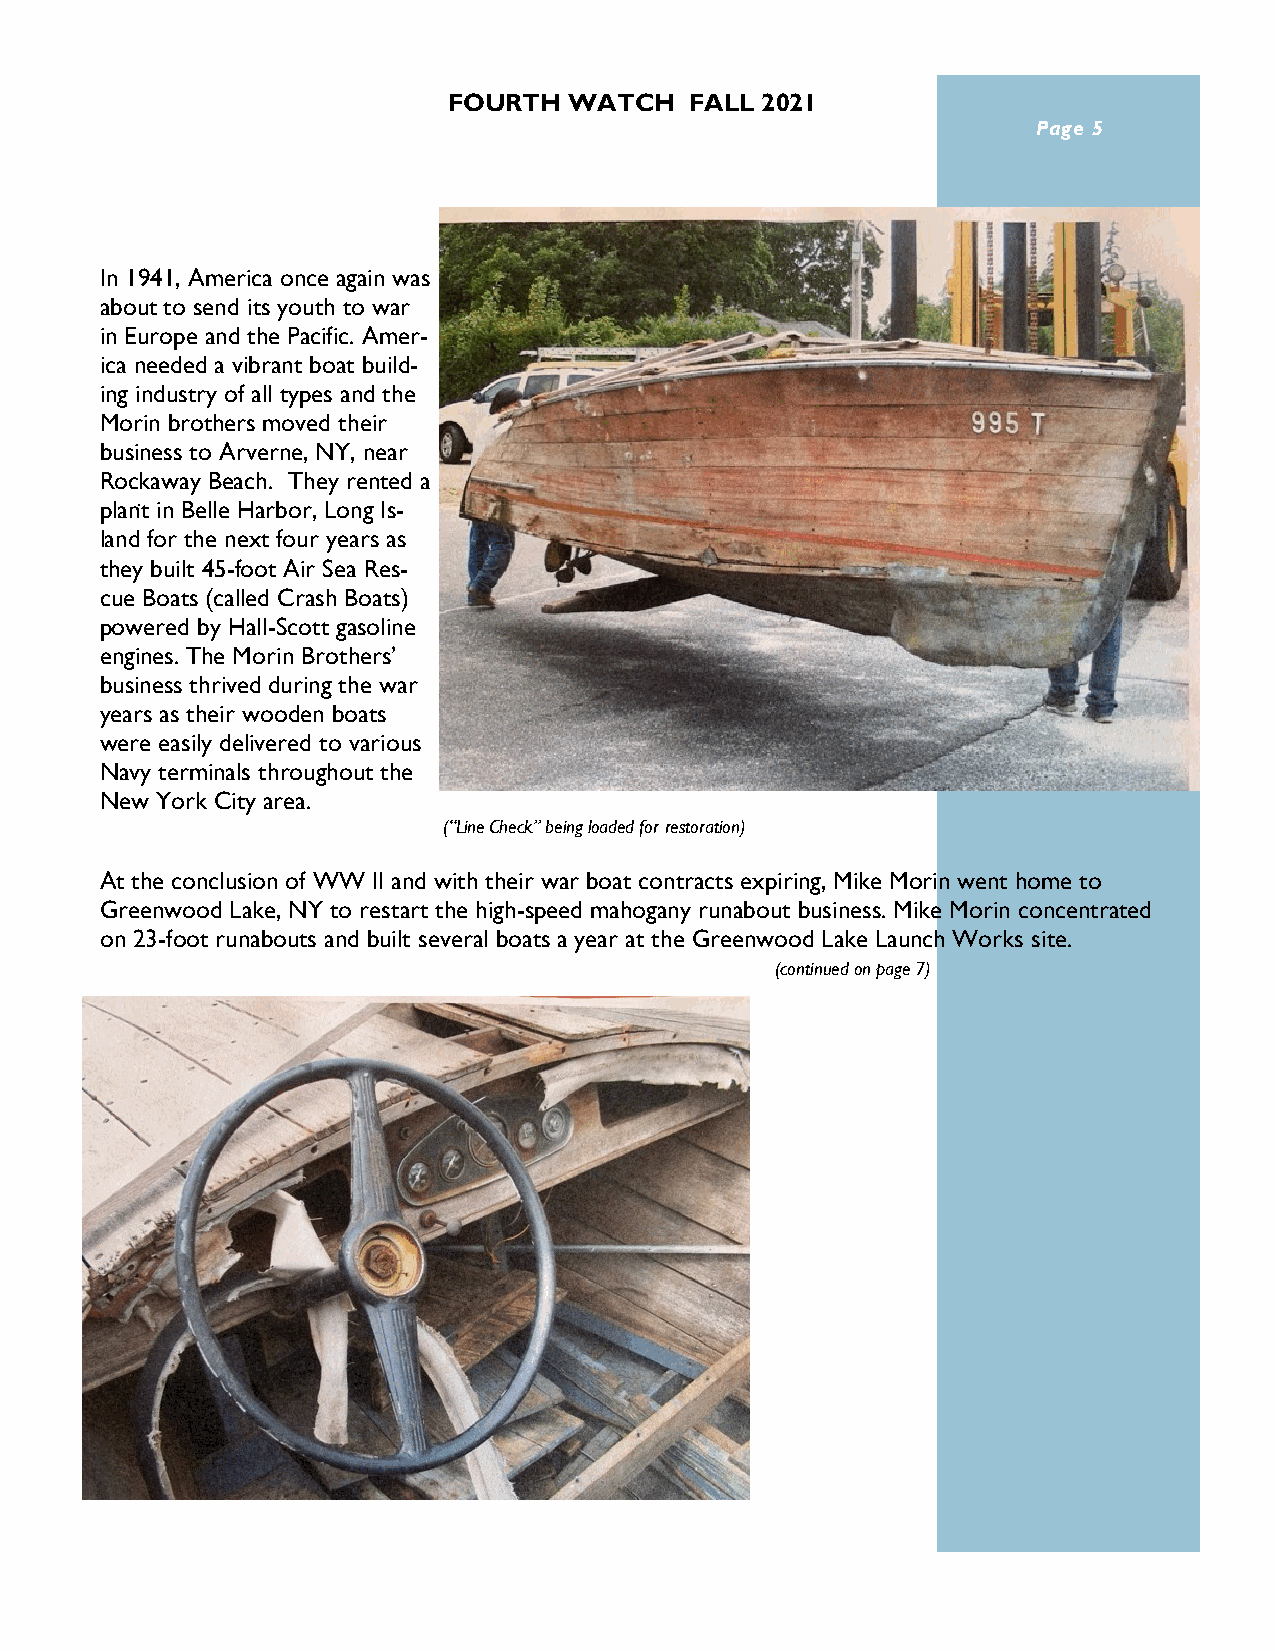
FOURTH  WATCH   FALL 2021
 Page 5
 In 1941, America once again was
 about to send its youth to war
 in Europe and the Pacific. Amer-
 ica needed a vibrant boat build-
 ing industry of all types and the
 Morin brothers moved their
 business to Arverne, NY, near
 Rockaway Beach. They rented a
 plant in Belle Harbor, Long Is-
 land for the next four years as
 they built 45-foot Air Sea Res-
 cue Boats (called Crash Boats)
 powered by Hall-Scott gasoline
 engines. The Morin Brothers’
 business thrived during the war
 years as their wooden boats
 were easily delivered to various
 Navy terminals throughout the
 New York City area.
 (“Line Check” being loaded for restoration)
 At the conclusion of WW II and with their war boat contracts expiring, Mike Morin went home to
 Greenwood Lake, NY to restart the high-speed mahogany runabout business. Mike Morin concentrated
 on 23-foot runabouts and built several boats a year at the Greenwood Lake Launch Works site.
 (continued on page 7)